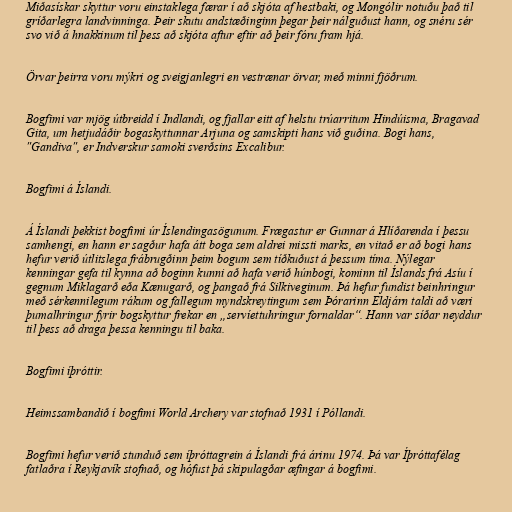
Miðasískar skyttur voru einstaklega færar í að skjóta af hestbaki, og Mongólir notuðu það til
gríðarlegra landvinninga. Þeir skutu andstæðinginn þegar þeir nálguðust hann, og snéru sér
svo við á hnakkinum til þess að skjóta aftur eftir að þeir fóru fram hjá.

Örvar þeirra voru mýkri og sveigjanlegri en vestrænar örvar, með minni fjöðrum.

Bogfimi var mjög útbreidd í Indlandi, og fjallar eitt af helstu trúarritum Hindúisma, Bragavad
Gita, um hetjudáðir bogaskyttunnar Arjuna og samskipti hans við guðina. Bogi hans,
"Gandiva", er Indverskur samoki sverðsins Excalibur.

Bogfimi á Íslandi.

Á Íslandi þekkist bogfimi úr Íslendingasögunum. Frægastur er Gunnar á Hlíðarenda í þessu
samhengi, en hann er sagður hafa átt boga sem aldrei missti marks, en vitað er að bogi hans
hefur verið útlitslega frábrugðinn þeim bogum sem tíðkuðust á þessum tíma. Nýlegar
kenningar gefa til kynna að boginn kunni að hafa verið húnbogi, kominn til Íslands frá Asíu í
gegnum Miklagarð eða Kænugarð, og þangað frá Silkiveginum. Þá hefur fundist beinhringur
með sérkennilegum rákum og fallegum myndskreytingum sem Þórarinn Eldjárn taldi að væri
þumalhringur fyrir bogskyttur frekar en „servíettuhringur fornaldar“. Hann var síðar neyddur
til þess að draga þessa kenningu til baka.

Bogfimi íþróttir.

Heimssambandið í bogfimi World Archery var stofnað 1931 í Póllandi.

Bogfimi hefur verið stunduð sem íþróttagrein á Íslandi frá árinu 1974. Þá var Íþróttafélag
fatlaðra í Reykjavík stofnað, og hófust þá skipulagðar æfingar á bogfimi.